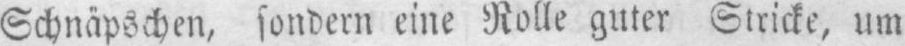
Schnäpschen, sondern eine Rolle guter Stricke, um